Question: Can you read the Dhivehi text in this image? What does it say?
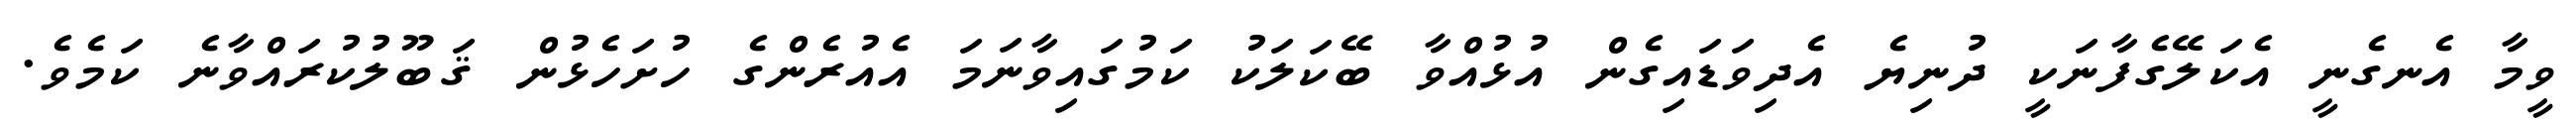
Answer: ވީމާ އެނގެނީ އެކަލޭގެފާނަކީ ދުނިޔެ އެދިވަޑައިގެން އުޅުއްވާ ބޭކަލަކު ކަމުގައިވާނަމަ އެއުރެންގެ ހުށަހެޅުން ޤަބޫލުކުރައްވާނެ ކަމެވެ.